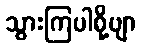
သွားကြပါစို့ဗျာ